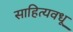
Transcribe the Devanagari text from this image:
साहित्यवधू